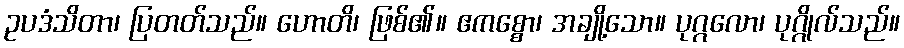
ဥပဒံသိတာ၊ ပြတတ်သည်။ ဟောတိ၊ ဖြစ်၏။ ဧကစ္စော၊ အချို့သော။ ပုဂ္ဂလော၊ ပုဂ္ဂိုလ်သည်။